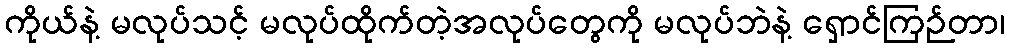
ကိုယ်နဲ့ မလုပ်သင့် မလုပ်ထိုက်တဲ့အလုပ်တွေကို မလုပ်ဘဲနဲ့ ရှောင်ကြဉ်တာ၊